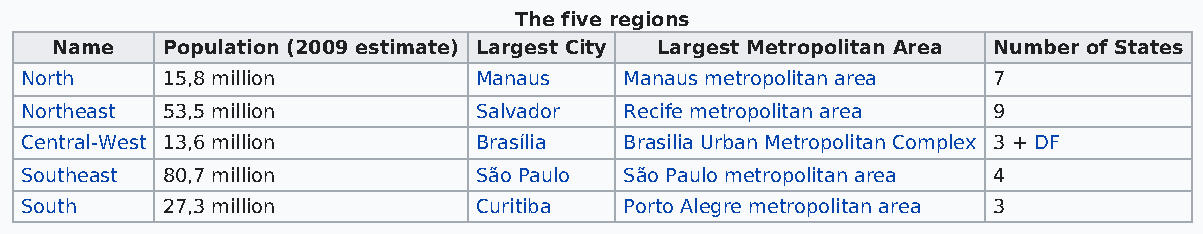
The five regions
 Name    Population (2009 estimate) Largest City Largest Metropolitan Area Number of States
 North     15,8 million        Manaus    Manaus metropolitan area 7
 Northeast 53,5 million        Salvador  Recife metropolitan area 9
 Central-West 13,6 million     Brasília  Brasilia Urban Metropolitan Complex 3 + DF
 Southeast 80,7 million        São Paulo São Paulo metropolitan area 4
 South     27,3 million        Curitiba  Porto Alegre metropolitan area 3